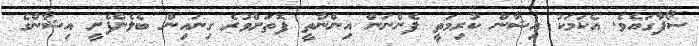
ސޯފާގައެވެ. އެކަމަކު އިޝާން ކުރިމަތީ ފެންނަން އިންނާތީ ފޮތަށްވުރެ ގިނައިން ބެލެންފެށީ އިޝާންގެ